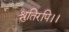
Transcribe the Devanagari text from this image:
श्रुतिरपि।।